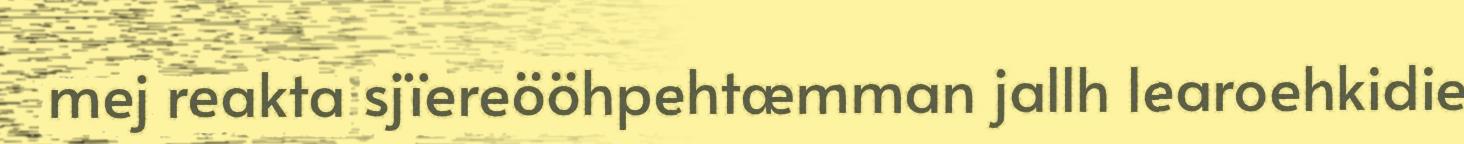
mej reakta sjïereööhpehtæmman jallh learoehkidie